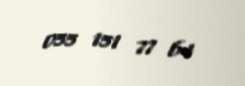
055 151 77 64